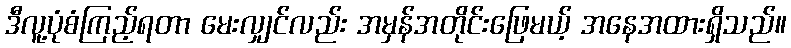
ဒီလူ့ပုံစံကြည့်ရတာ မေးလျှင်လည်း အမှန်အတိုင်းဖြေမယ့် အနေအထားရှိသည်။